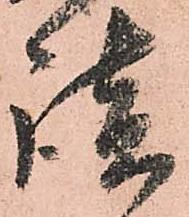
談